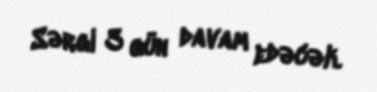
Sərgi 3 gün davam edəcək.